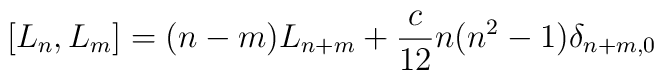
[ L_{n} , L_{m} ] = ( n - m )L_{n+m} + \frac{c}{12} n(n^{2} - 1)\delta_{n + m ,0}